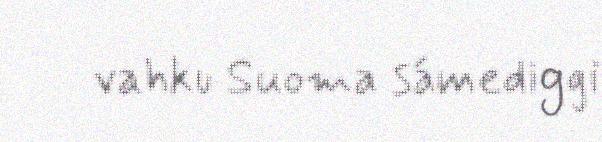
vahku Suoma sámediggi